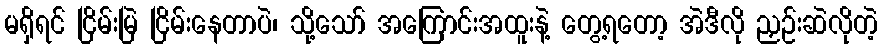
မရှိရင် ငြိမ်းမြဲ ငြိမ်းနေတာပဲ၊ သို့သော် အကြောင်းအထူးနဲ့ တွေ့ရတော့ အဲဒီလို ညှဉ်းဆဲလိုတဲ့